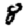
Digit: 8